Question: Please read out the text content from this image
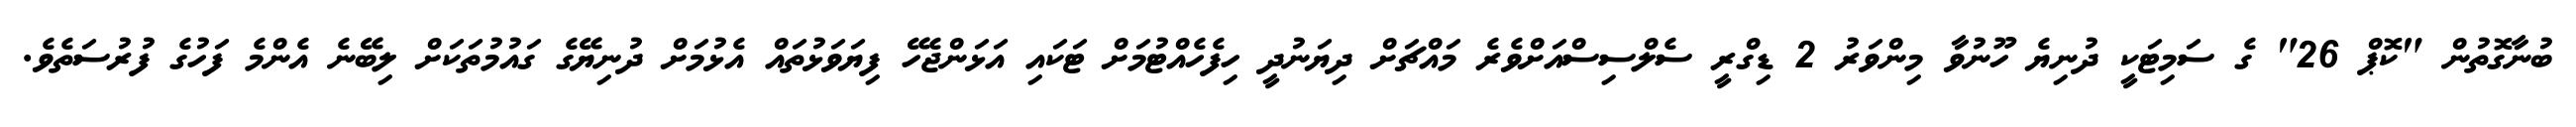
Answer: ބުނާގޮތުން "ކޮޕް 26" ގެ ސަމިޓަކީ ދުނިޔެ ހޫނުވާ މިންވަރު 2 ޑިގްރީ ސެލްސިސްއަށްވެރެ މައްޗަށް ދިޔަނުދީ ހިފެހެއްޓުމަށް ޓަކައި އަޅަންޖެހޭ ފިޔަވަޅުތައް އެޅުމަށް ދުނިޔޭގެ ގައުމުތަކަށް ލިބޭނެ އެންމެ ފަހުގެ ފުރުސަތެވެ.